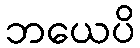
ဘယေပိ